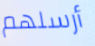
أرسلهم